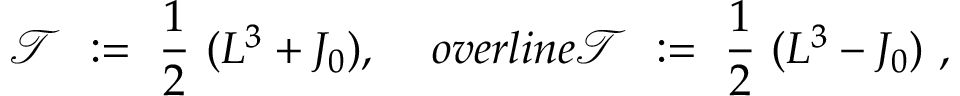
{ \mathcal T } \ : = \ \frac 1 2 \ ( L ^ { 3 } + J _ { 0 } ) , \quad \, o v e r l i n e { \mathcal T } \ : = \ \frac 1 2 \ ( L ^ { 3 } - J _ { 0 } ) \ ,